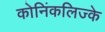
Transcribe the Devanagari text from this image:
कोनिंकलिज्के